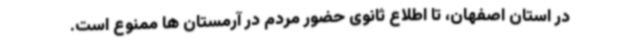
در استان اصفهان، تا اطلاع ثانوی حضور مردم در آرمستان ها ممنوع است.